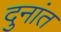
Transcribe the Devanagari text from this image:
दुनांत